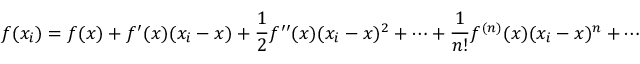
f ( x _ { i } ) = f ( x ) + f ^ { \prime } ( x ) ( x _ { i } - x ) + \frac { 1 } { 2 } f ^ { \prime \prime } ( x ) ( x _ { i } - x ) ^ { 2 } + \cdots + \frac { 1 } { n ! } f ^ { ( n ) } ( x ) ( x _ { i } - x ) ^ { n } + \cdots